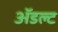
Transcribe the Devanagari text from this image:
ॲडल्ट